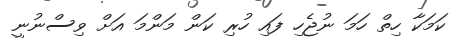
ކަމަކާ ހިތް ހަމަ ނުޖެހި ފައި ހުރި ކަން މަންމަ އަށް ވިސްނުނީ